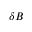
\delta B